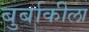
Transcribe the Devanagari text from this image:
बुर्बाकीला